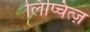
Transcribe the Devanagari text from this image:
लिप्चित्ज़